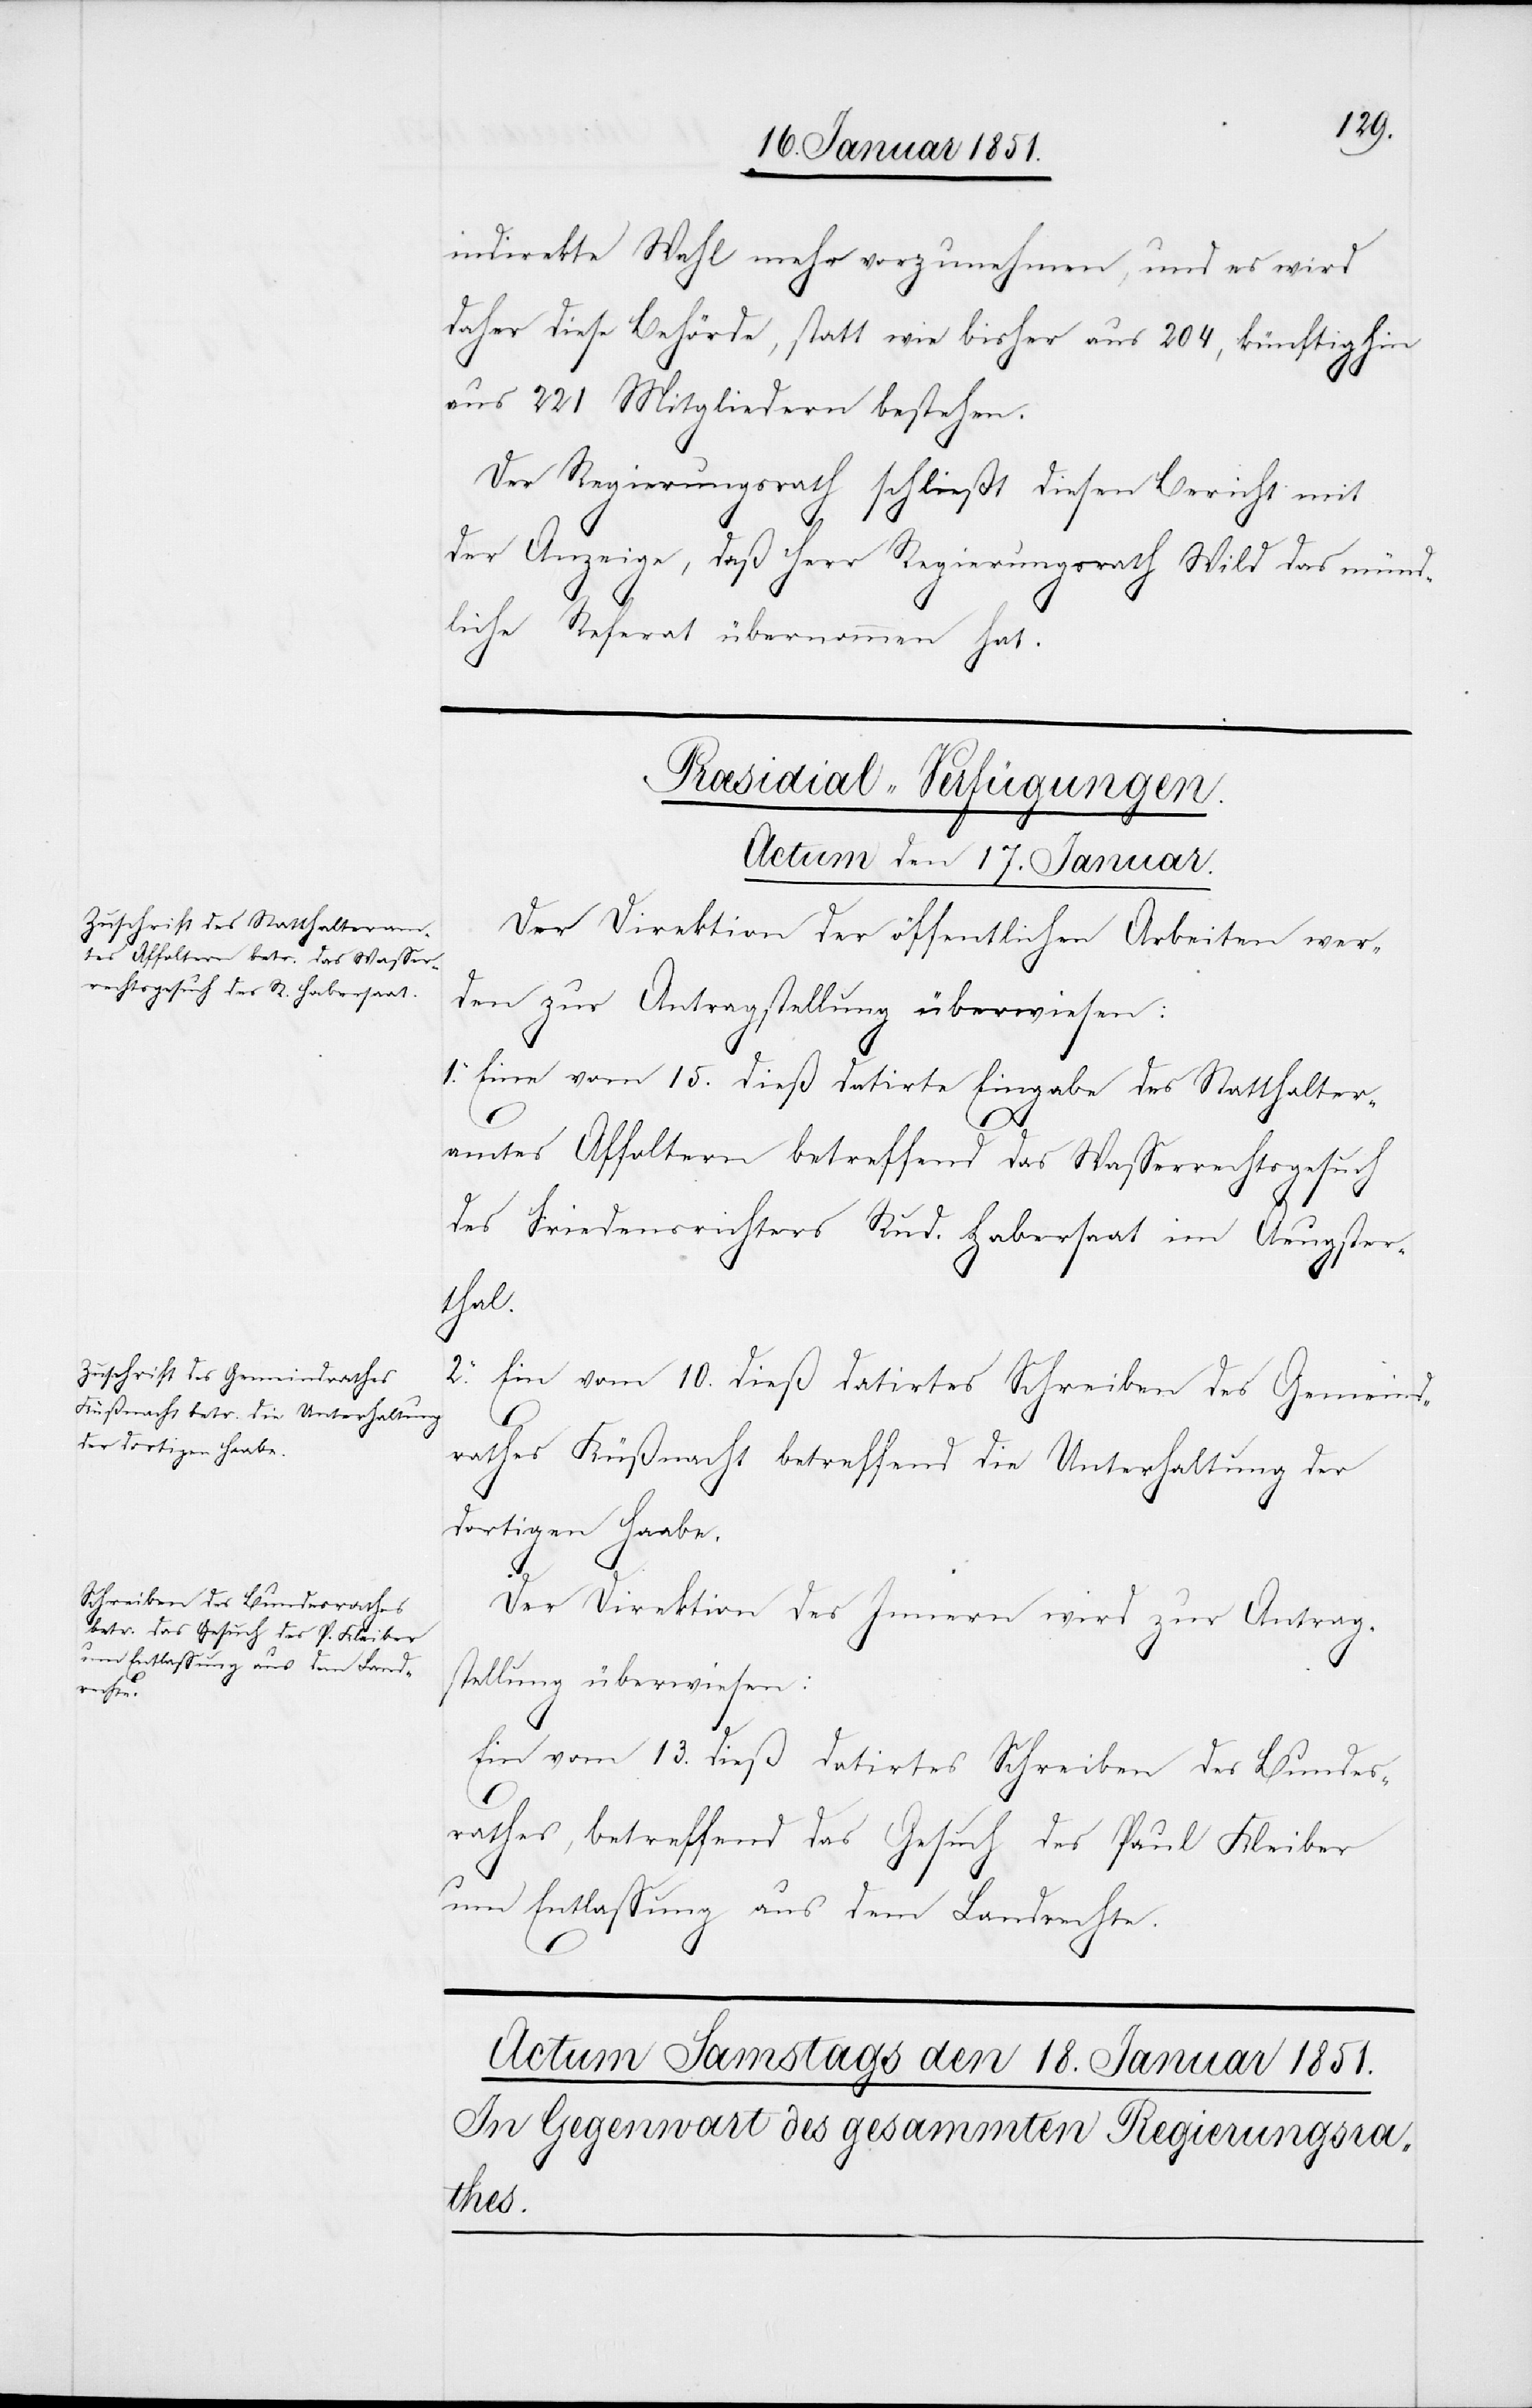
indirekte Wahl mehr vorzunehmen, und es wird
daher diese Behörde, statt wie bisher aus 204, künftighin
aus 221 Mitgliedern bestehen.
Der Regierungsrath schließt diesen Bericht mit
der Anzeige, daß Herr Regierungsrath Wild das münd¬
liche Referat übernommen hat.
[Præsidial-Verfügungen.
Actum den 17. Januar.]
Der Direktion der öffentlichen Arbeiten wer¬
den zur Antragstellung überwiesen:
1. Eine vom 15. dieß datirte Eingabe des Statthalter¬
amtes Affoltern, betreffend das Wasserrechtsgesuch
des Friedensrichters Rud. Habersaat im Aeugster¬
thal.
2.
Ein vom 10. dieß datirtes Schreiben des Gemeind¬
rathes Küßnacht betreffend die Unterhaltung der
dortigen Haabe.
Der Direktion des Innern wird zur Antrag¬
stellung überwiesen:
Ein vom 13. dieß datirtes Schreiben des Bundes¬
rathes, betreffend das Gesuch des Paul Kleiber
um Entlassung aus dem Landrechte.